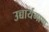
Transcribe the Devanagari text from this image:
उच्चार्यमाण